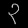
Digit: ၃